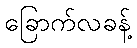
ခြောက်လခန့်